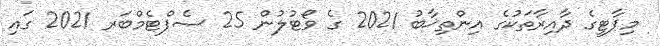
މިޕާޓީގެ ދާއިރާތަކުގެ އިންތިޚާބު 2021 ގެ ވޯޓުލުން 25 ސެޕްޓެމްބަރ 2021 ގައި